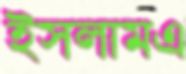
ইসলামএ